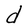
Character: d